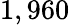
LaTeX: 1,960